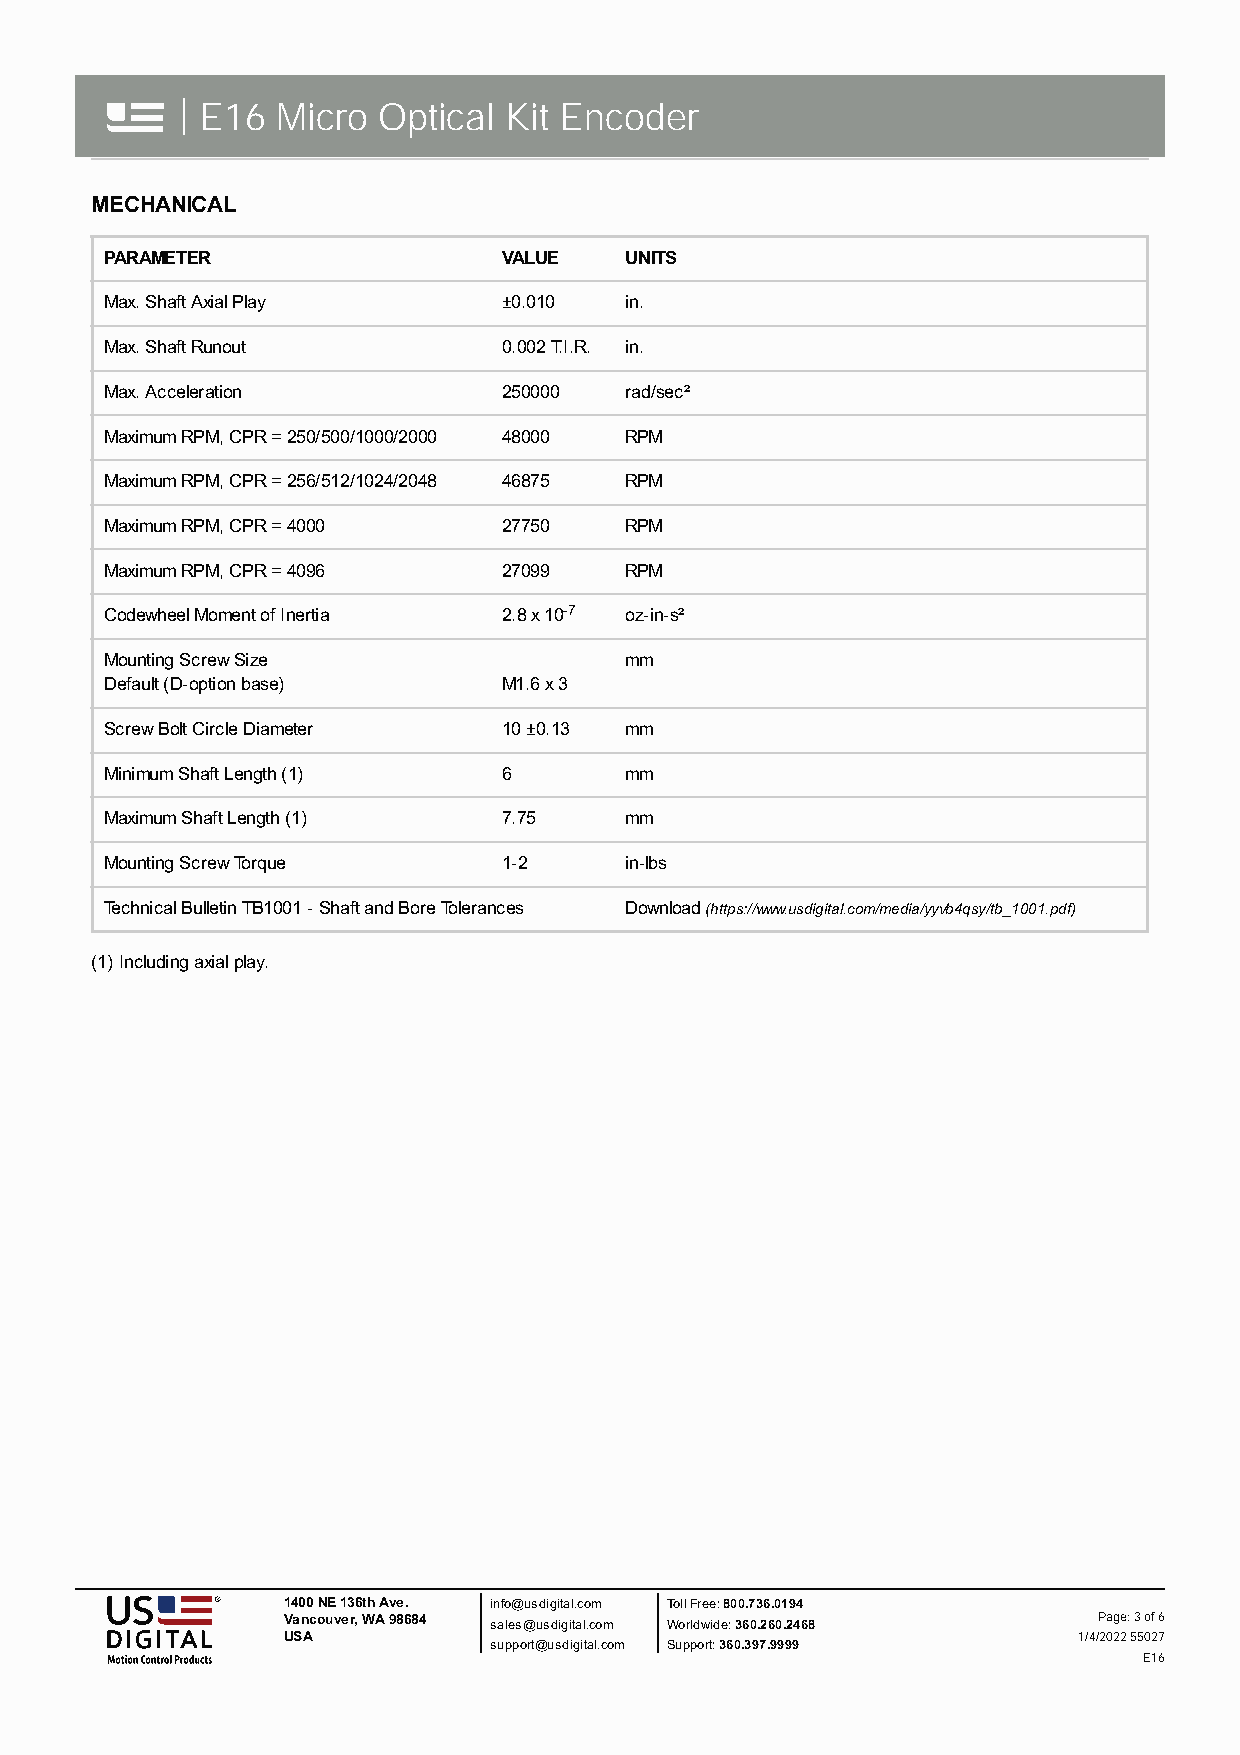
| E16 Micro  Optical Kit Encoder
 MECHANICAL
 PARAMETER                 VALUE   UNITS
 Max. Shaft Axial Play     ±0.010  in.
 Max. Shaft Runout         0.002 T.I.R. in.
 Max. Acceleration         250000  rad/sec²
 Maximum RPM, CPR = 250/500/1000/2000 48000 RPM
 Maximum RPM, CPR = 256/512/1024/2048 46875 RPM
 Maximum RPM, CPR = 4000   27750   RPM
 Maximum RPM, CPR = 4096   27099   RPM
 Codewheel Moment of Inertia 2.8 x 10-7 oz-in-s²
 Mounting Screw Size               mm
 Default (D-option base)   M1.6 x 3
 Screw Bolt Circle Diameter 10 ±0.13 mm
 Minimum Shaft Length (1)  6       mm
 Maximum Shaft Length (1)  7.75    mm
 Mounting Screw Torque     1-2     in-lbs
 Technical Bulletin TB1001 - Shaft and Bore Tolerances Download (https://www.usdigital.com/media/yyvb4qsy/tb_1001.pdf)
 (1) Including axial play.
 1400 NE 136th Ave. info@usdigital.com Toll Free: 800.736.0194
 Vancouver, WA 98684 sales@usdigital.com Worldwide: 360.260.2468 Page: 3 of 6
 USA                                                 1/4/2022 55027
 support@usdigital.com Support: 360.397.9999
 E16